Eesti_Rahvusfond, lk 128
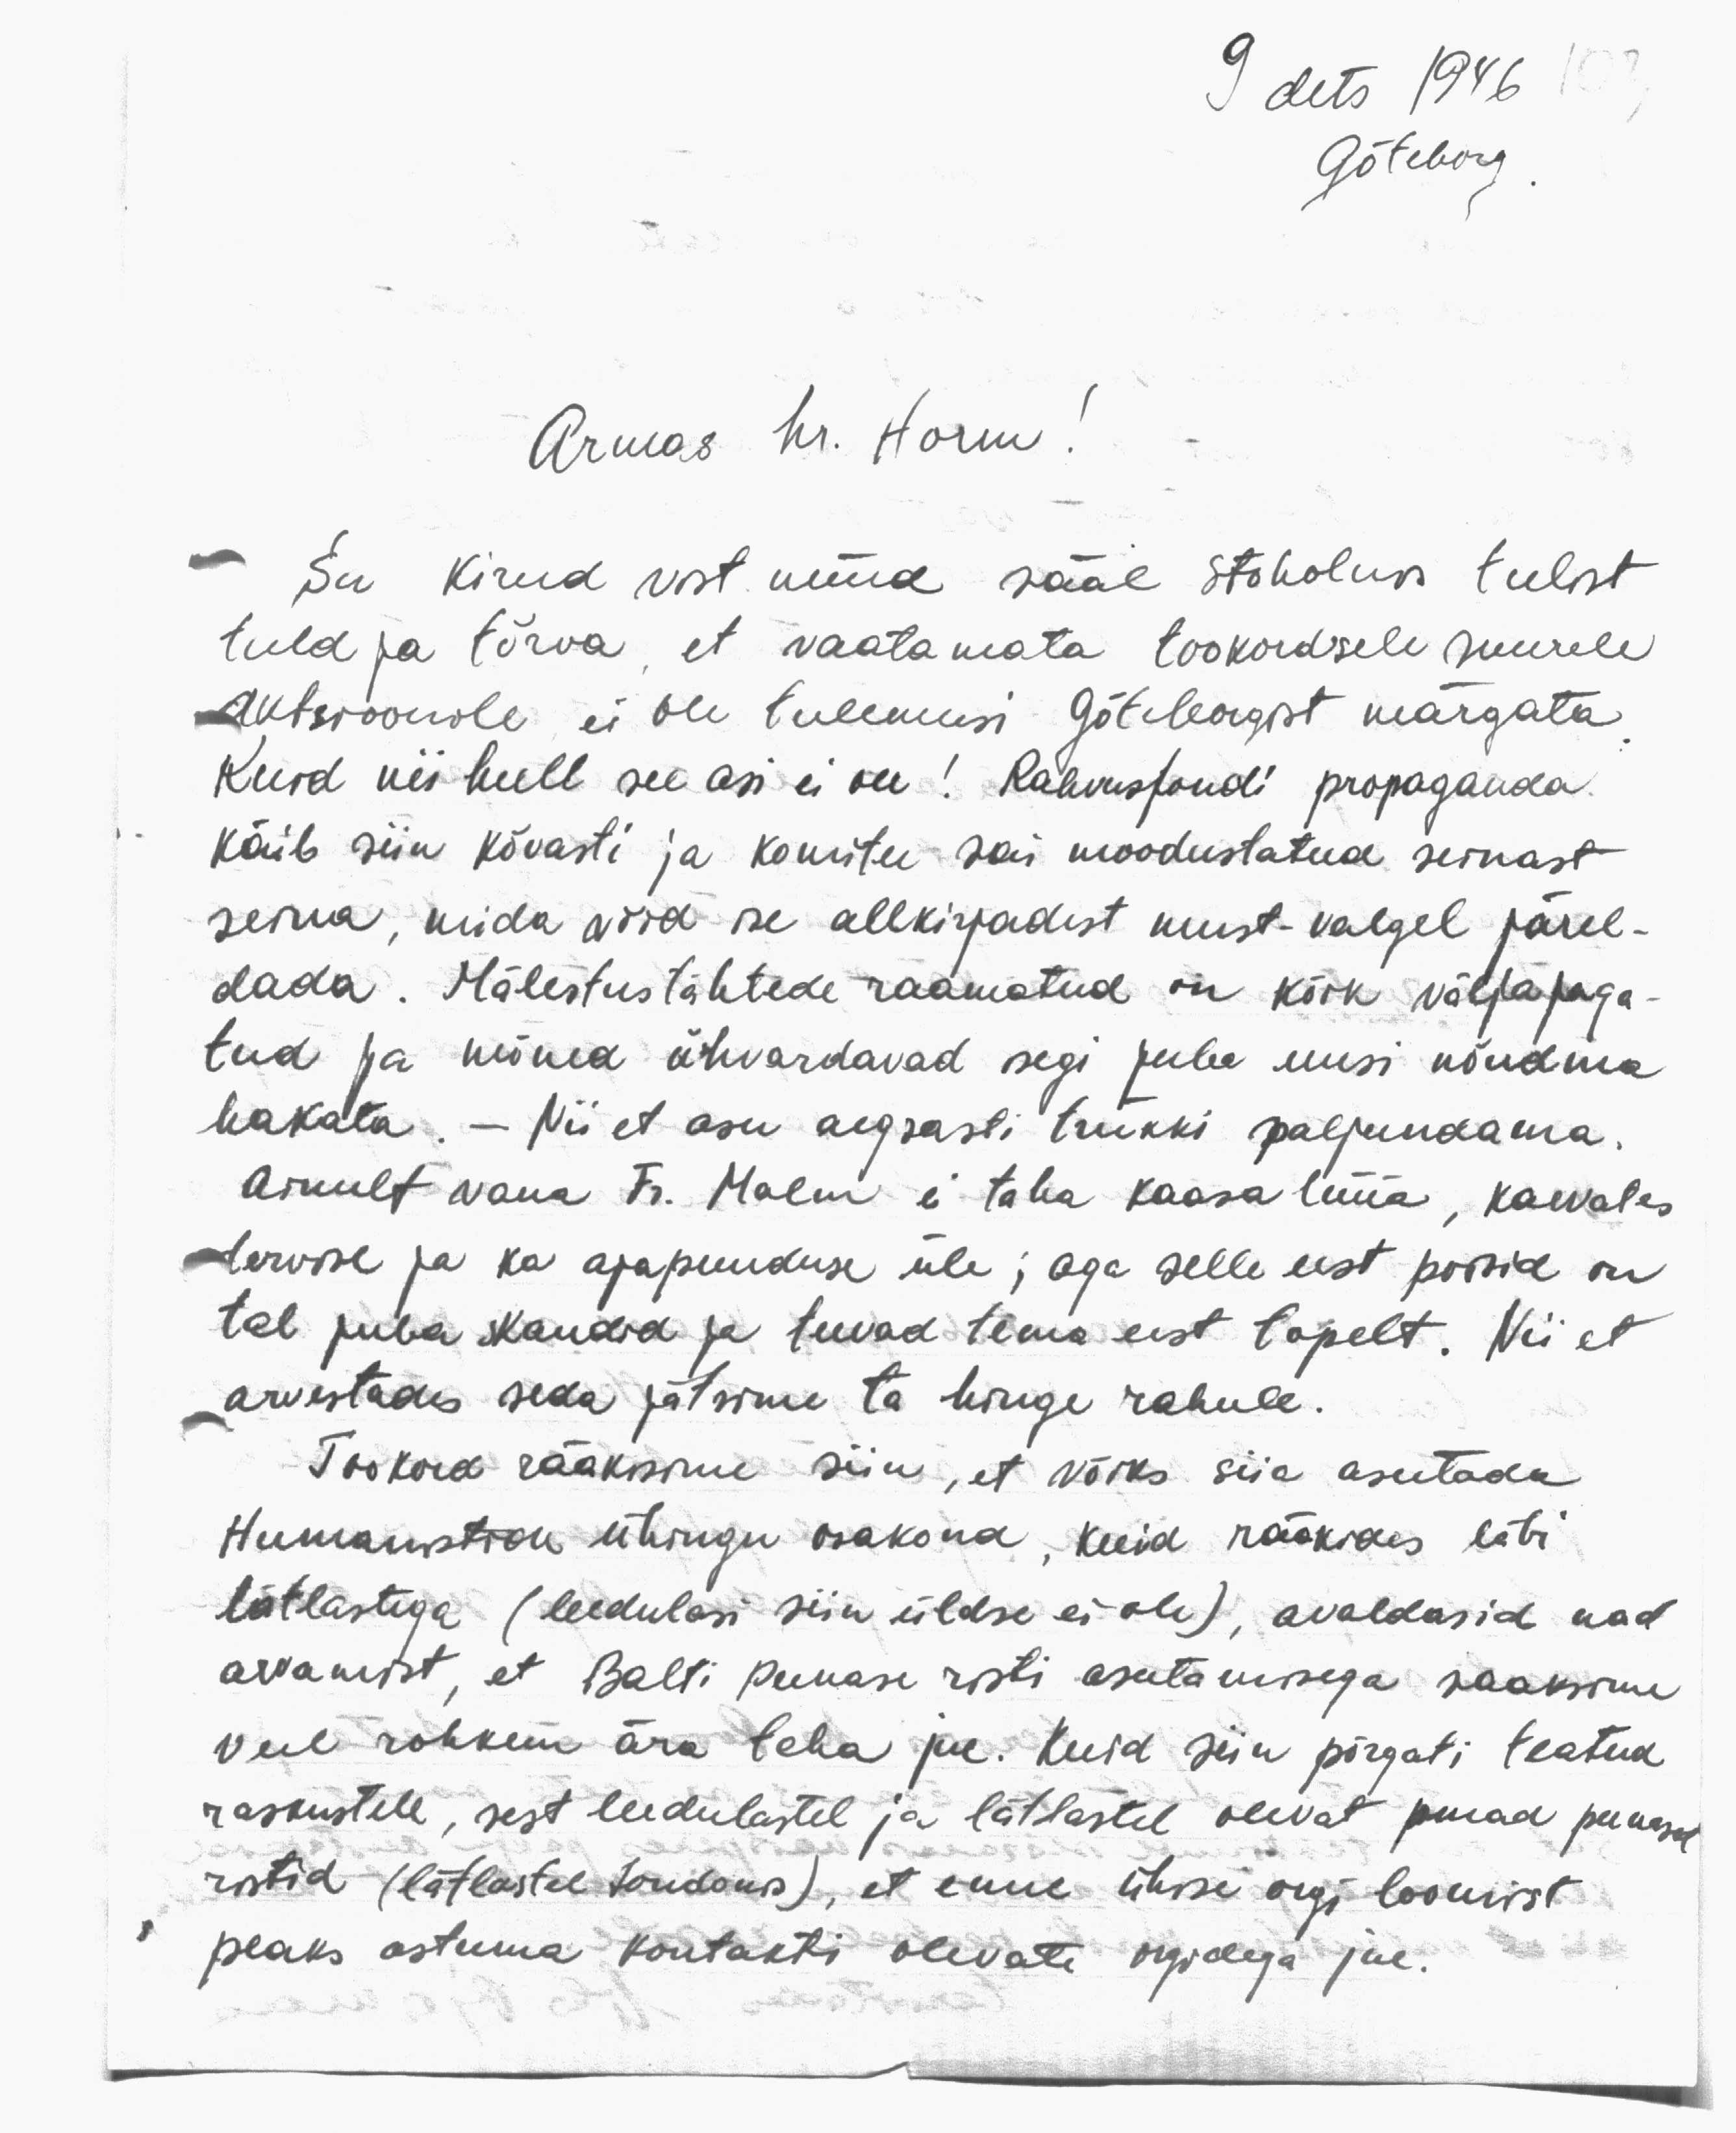
9 dets 1946
Gõteborg

Armas hr. Horm
Sa kirud vist nüüd sääl Stokholmis tulist
tuld ja tõrva, et vaatamata tookordsele suurele
aktsioonile ei ole tulemusi Göteborgist märgata
Kuid nii hull see asi ei ole! Rahvustondi propaganda
käib siin kõvasti ja komitee sai moodustatud seinast
seina, mida võid ise allkirjadest must-valgel järel-
dada. Mälestustähtede raamatud on kõik väljajaga-
tud ja mõned ähvardavad isegi juba uusi nõudma
hakata. - Nii et asu aegsasti trükki paljundama.
ainult vana Fr. Malm ei taha kaasa lüüa, kaevates
tervise ja ka ajapuuduse üle; aga selle eest poisid on
tal juba skaudid ja teevad tema eest topelt. Nii et
arvestades seda jätsime ta hinge rahule.
Tookord rääkisime siin, et võiks siia asutada
Humanistide ühingu osakond, kuid rääkides läbi
lätlastega (leedulasi siin üldse ei ole), avaldasid nad
arvamist, et Balti Punase risti asutamisega saaksime
veel rohkem ära teha jne. Kuid siin põrgati teatud
raskustele, sest leedulastel ja lätlastel olevat omad punased
ristid (lätlastel Londonis), et enne ühise orgi loomist
peaks astuma kontakti olevate orgidega jne.